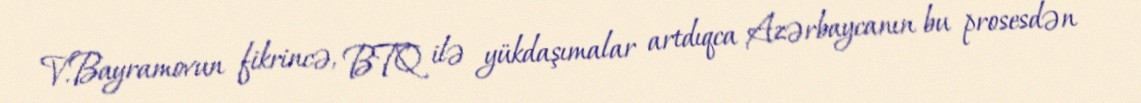
V.Bayramovun fikrincə, BTQ ilə yükdaşımalar artdıqca Azərbaycanın bu prosesdən